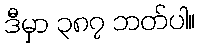
ဒီမှာ ၃၈၇ ဘတ်ပါ။